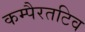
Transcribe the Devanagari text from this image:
कम्पैरतटिव